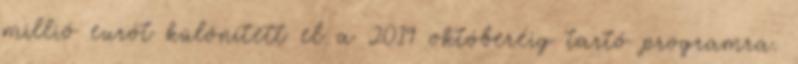
millió eurót különített el a 2019 októberéig tartó programra.